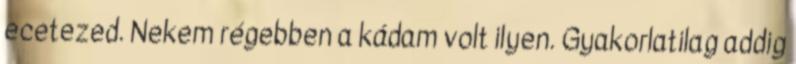
ecetezed. Nekem régebben a kádam volt ilyen. Gyakorlatilag addig